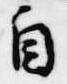
自